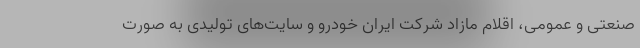
صنعتی و عمومی، اقلام مازاد شرکت ایران خودرو و سایت‌های تولیدی به صورت